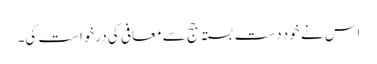
اس نے خود دست بستہ جج سے معافی کی درخواست کی۔